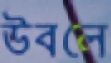
উবলে